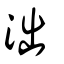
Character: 泏